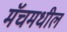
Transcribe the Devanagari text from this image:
मॅचमधील